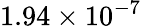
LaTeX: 1.94\times{{10}^{-7}}